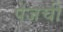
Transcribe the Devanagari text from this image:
पेजची